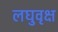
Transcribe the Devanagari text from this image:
लघुवृक्ष